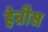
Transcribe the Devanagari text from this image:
हेन्रीस